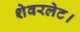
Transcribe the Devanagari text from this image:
शेवरलेट।